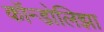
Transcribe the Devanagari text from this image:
कॉन्डोलिझा